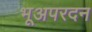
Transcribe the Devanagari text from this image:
भूअपरदन